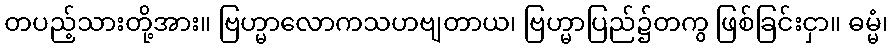
တပည့်သားတို့အား။ ဗြဟ္မာလောကသဟဗျတာယ၊ ဗြဟ္မာပြည်၌တကွ ဖြစ်ခြင်းငှာ။ ဓမ္မံ၊